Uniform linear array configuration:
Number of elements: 64
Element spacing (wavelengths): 0.25
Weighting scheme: blackman
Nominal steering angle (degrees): -30
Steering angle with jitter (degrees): -31.779
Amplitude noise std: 0.05
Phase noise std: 0.05

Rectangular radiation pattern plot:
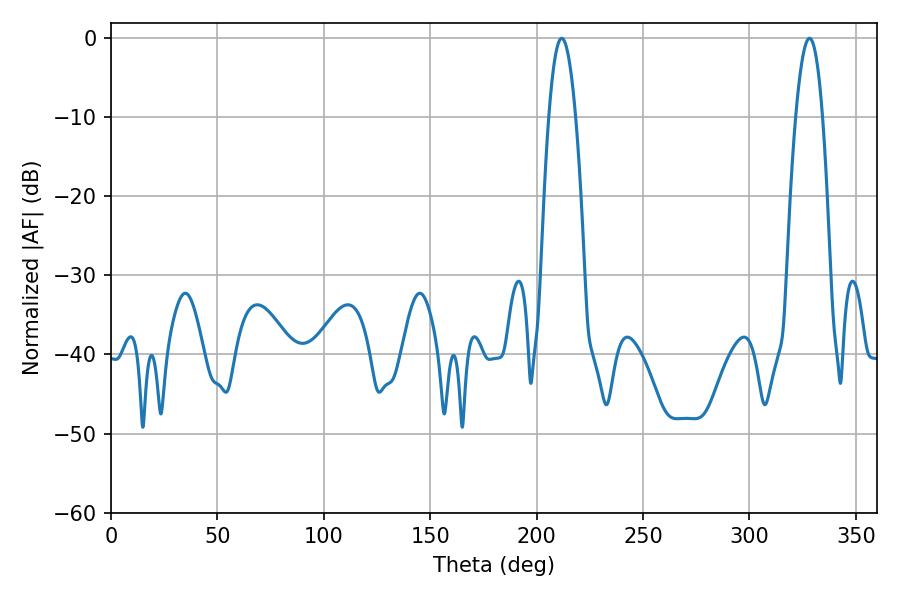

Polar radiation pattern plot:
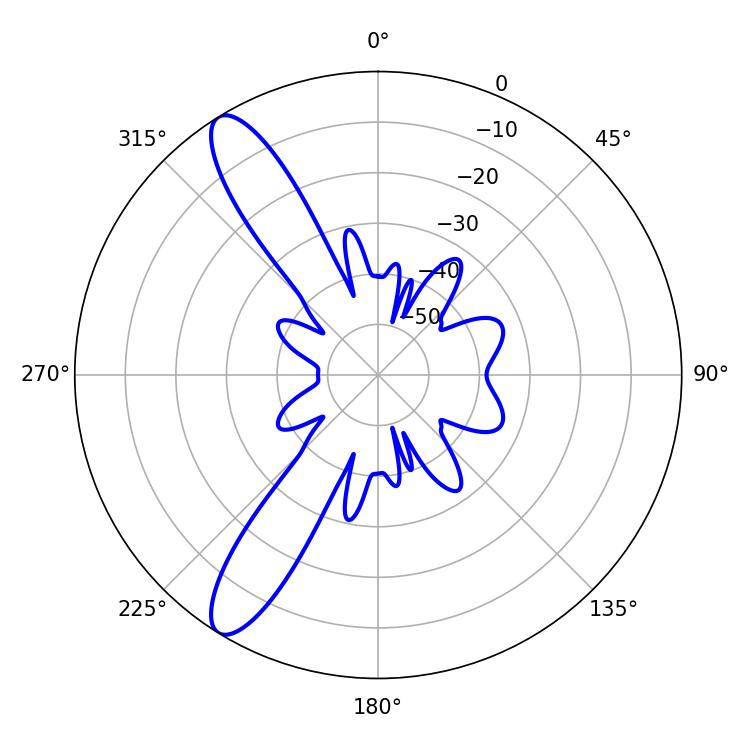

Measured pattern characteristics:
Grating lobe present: FALSE
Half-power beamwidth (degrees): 6.84
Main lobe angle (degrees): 211.86